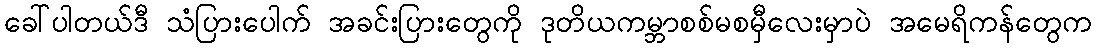
ခေါ်ပါတယ်ဒီ သံပြားပေါက် အခင်းပြားတွေကို ဒုတိယကမ္ဘာစစ်မစမှီလေးမှာပဲ အမေရိကန်တွေက